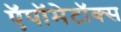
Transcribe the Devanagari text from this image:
ऍपॉमेटॉक्स